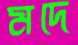
মদে